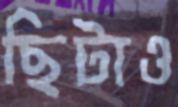
ছিটাও